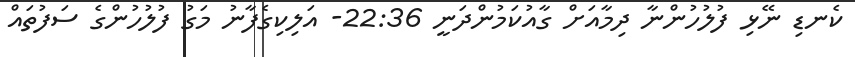
ކެނޑި ނޭޅި ފުލުހުންނާ ދިމާއަށް ގާއުކަމުންދަނީ 22:36- އަލިކިގެފާނު މަގު ފުލުހުންގެ ސަފުތައް